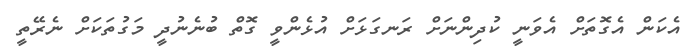
އެކަން އެގޮތަށް އެވަނީ ކުދިންނަށް ރަނގަޅަށް އުޅެންވީ ގޮތް ބުނެނުދީ މަގުތަކަށް ނެރޭތީ